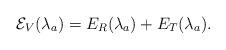
LaTeX: \begin{align*}\mathcal{E}_V(\lambda_a)=E_R(\lambda_a)+E_T(\lambda_a).\end{align*}